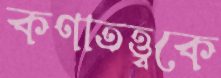
কণাতত্ত্বকে